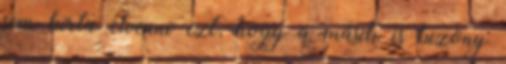
sem bírta elvenni ezt, hogy a másik is bizony